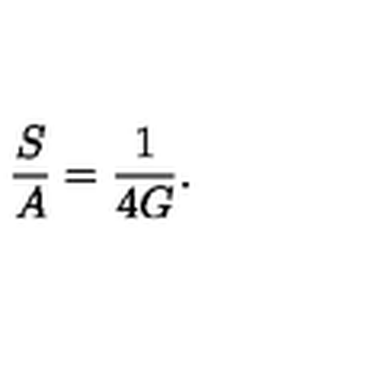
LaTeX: \frac { S } { A } = \frac { 1 } { 4 G } .